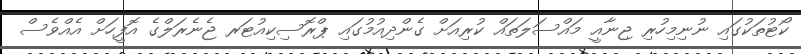
ކޯޓުތަކުގައި ނުނިމިހުރި ޖިނާއީ މައްސަލަތައް ކުރިއަށް ގެންދިއުމުގައި ޕްރޮސިކިއުޓަރ ޖެނެރަލްގެ އޮފީހަށް އެއްވެސް